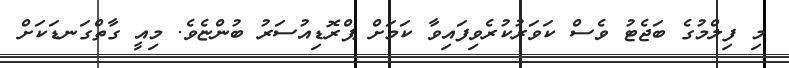
މި ފިލްމުގެ ބަޖެޓު ވެސް ކަވަރުކުރެވިފައިވާ ކަމަށް ޕްރޮޑިއުސަރު ބުންޏެވެ. މިއީ ގާތްގަނޑަކަށް